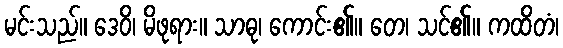
မင်းသည်။ ဒေဝိ၊ မိဖုရား။ သာဓု၊ ကောင်း၏။ တေ၊ သင်၏။ ကထိတံ၊